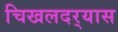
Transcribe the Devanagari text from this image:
चिखलदर्‍यास